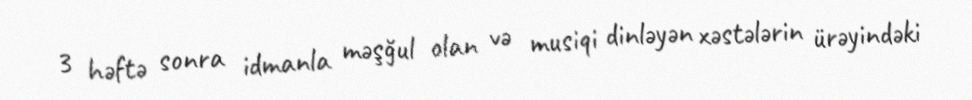
3 həftə sonra idmanla məşğul olan və musiqi dinləyən xəstələrin ürəyindəki